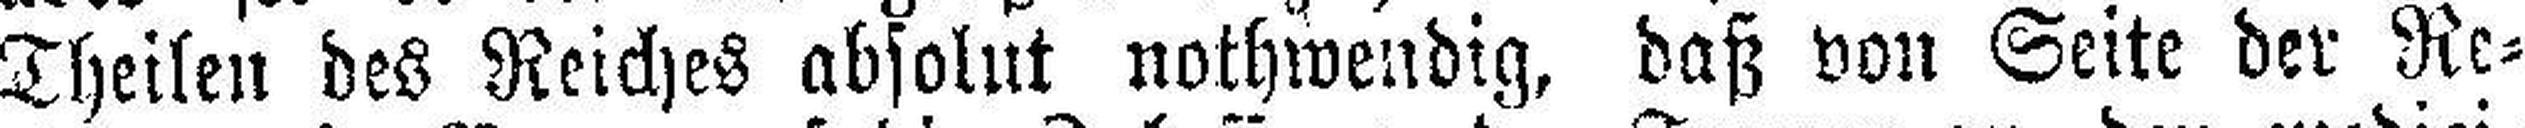
Theilen des Reiches absolut nothwendig, daß von Seite der Re¬